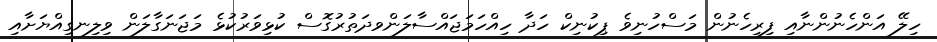
ހިލޭ އަންހެނުންނާއި ފިރިހެނުން މަސްހުނިވެ ޕިކުނިކް ހަދާ ހިއްހަމަޖައްސާލަންވދަތުރުގޮސް ކުޅިވަރުކުޅެ މަޖަނަގާލަން ވިލިނގިއްޔަށާއި